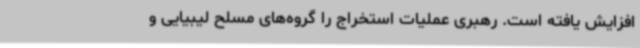
افزایش یافته است. رهبری عملیات استخراج را گروه‌های مسلح لیبیایی و